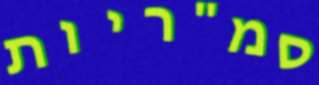
סמ"ריות